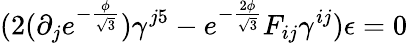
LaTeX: (2(\partial_{j}e^{-\frac{\phi}{\sqrt{3}}})\gamma^{j5}-e^{-\frac{2\phi}{\sqrt{3}}}F_{ij}\gamma^{ij})\epsilon=0